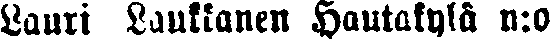
Lauri Laukkanen Hautakylä n:o